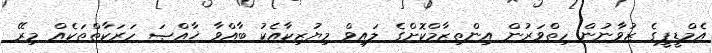
އެމްޑީޕީގެ ޒުވާނުން ހިތްވަރުން އިންތިޒާމްކޮށްގެ ލައިވް މިޔުޒިކާއެކު ބާއްވާ ޚާއްޞަ ހަރަކާތްތަކެއް މިރޭ